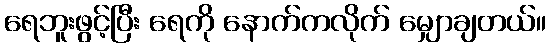
ရေဘူးဖွင့်ပြီး ရေကို နောက်ကလိုက် မျှောချတယ်။